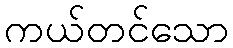
ကယ်တင်သော